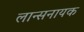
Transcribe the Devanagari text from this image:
लान्सनायक